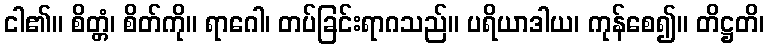
ငါ၏။ စိတ္တံ၊ စိတ်ကို။ ရာဂေါ၊ တပ်ခြင်းရာဂသည်။ ပရိယာဒါယ၊ ကုန်စေ၍။ တိဋ္ဌတိ၊